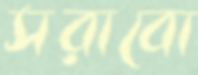
সরাবো